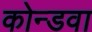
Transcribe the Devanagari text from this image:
कोन्डवा